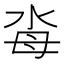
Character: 𣳗